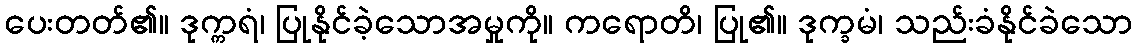
ပေးတတ်၏။ ဒုက္ကရံ၊ ပြုနိုင်ခဲ့သောအမှုကို။ ကရောတိ၊ ပြု၏။ ဒုက္ခမံ၊ သည်းခံနိုင်ခဲသော